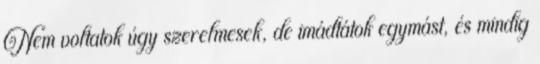
Nem voltatok úgy szerelmesek, de imádtátok egymást, és mindig